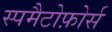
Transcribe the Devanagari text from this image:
स्पमैटोफ़ोर्स